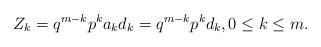
LaTeX: \begin{align*}Z_{k}=q^{m-k}p^{k}a_{k}d_{k}=q^{m-k}p^{k}d_{k}, 0\leq k\leq m.\end{align*}